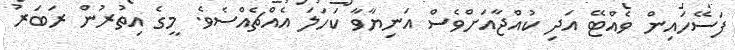
ފަސޭހައިން ވެއްޓޭ އަދި ކުއްޖާއަށްވެސް އަނިޔާވާ ކަހަލަ އެއްޗެއްސެވެ. މީގެ އިތުރުން ރަބަރު